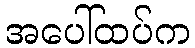
အပေါ်ထပ်က